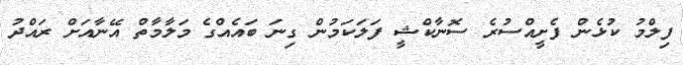
ފިލްމު ކުޅެން ފެށީއްސުރެ ސޮނާކްޝީ ފަލަކަމުން ގިނަ ބައެއްގެ މަލާމާތް އޭނާއަށް ރައްދު